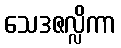
သေဒဇလ္လိကာ